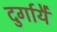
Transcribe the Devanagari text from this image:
दुर्गायै